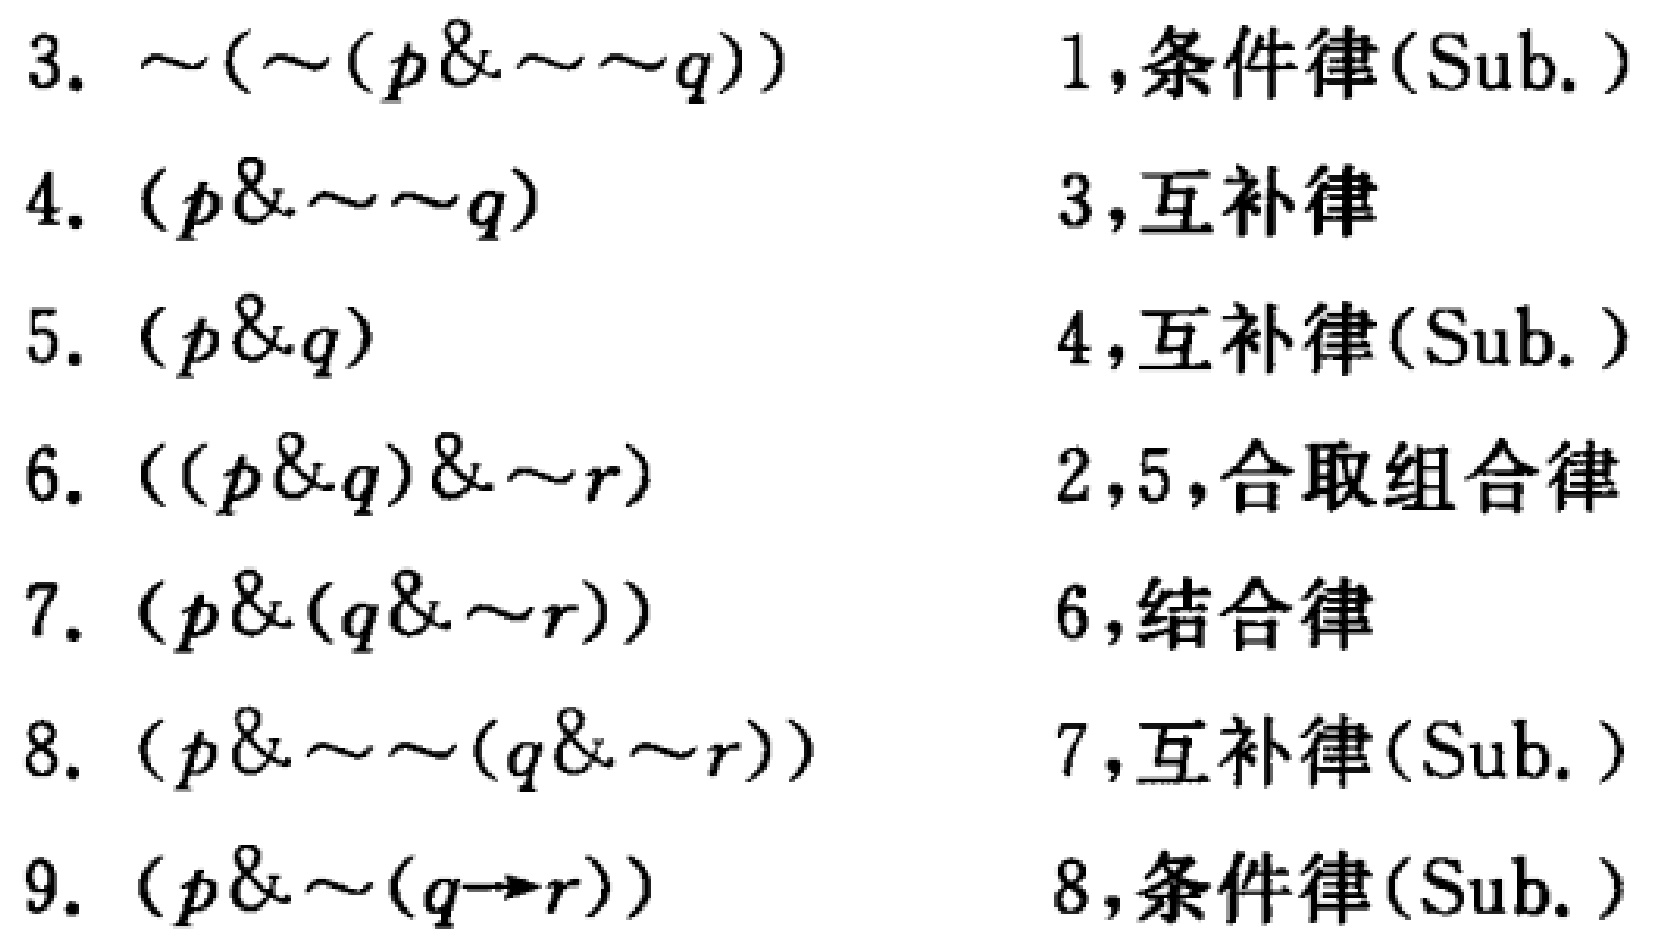
3. $\sim(\sim(p\& \sim\sim q))$  1,条件律(Sub.)
4. $(p\& \sim\sim q)$  3,互补律
5. $(p\& q)$  4,互补律(Sub.)
6. $((p\& q)\& \sim r)$  2,5,合取组合律
7. $(p\&(q\& \sim r))$  6,结合律
8. $(p\& \sim\sim(q\& \sim r))$  7,互补律(Sub.)
9. $(p\& \sim(q\rightarrow r))$  8,条件律(Sub.)